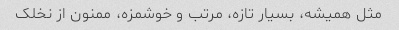
مثل همیشه، بسیار تازه، مرتب و خوشمزه، ممنون از نخلک